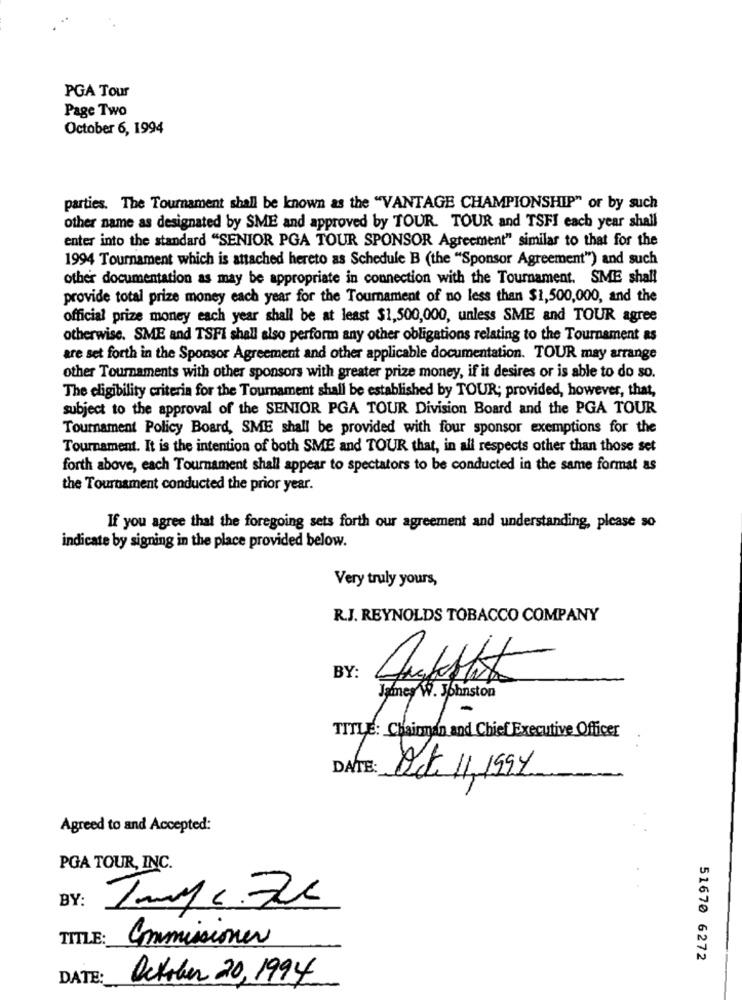
PGA Tour
Page Two
October 6, 1994
parties. The Tournament shall be known as the "VANTAGE CHAMPIONSHIP" or by such
other name as designated by SME and approved by TOUR. TOUR and TSFI each year shall
enter into the standard "SENIOR PGA TOUR SPONSOR Agreement" similar to that for the
1994 Tournament which is attached hereto as Schedule B (the "Sponsor Agreement") and such
other documentation as may be appropriate in connection with the Tournament. SME shall
provide total prize money each year for the Tournament of no less than $1,500,000, and the
official prize money each year shall be at least $1,500,000, unless SME and TOUR agree
otherwise. SME and TSFI shall also perform any other obligations relating to the Tournament as
are set forth in the Sponsor Agreement and other applicable documentation. TOUR may arrange
other Tournaments with other sponsors with greater prize money, if it desires or is able to do so.
The eligibility criteria for the Tournament shall be established by TOUR; provided, however, that,
subject to the approval of the SENIOR PGA TOUR Division Board and the PGA TOUR
Tournament Policy Board, SME shall be provided with four sponsor exemptions for the
Tournament. It is the intention of both SME and TOUR that, in all respects other than those set
forth above, each Tournament shall appear to spectators to be conducted in the same format as
the Tournament conducted the prior year.
If you agree that the foregoing sets forth our agreement and understanding, please so
indicate by signing in the place provided below.
Very truly yours,
R.J. REYNOLDS TOBACCO COMPANY
BY:
James W. Johnston
TITLE: Chairman and Chief Executive Officer
DATE:
Oct. 11,1597
Agreed to and Accepted:
PGA TOUR, INC.
BY:
TITLE:
Commissioner
51670 6272
DATE:
October 20, 1994